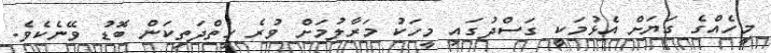
މީހެއްގެ ގަޔަށް އެޅުމަކީ ގަސްދުގައި މީހަކު މަރާލުމަށް ވުރެ ހިތްދަތިކަން ބޮޑު ވޭނެކެވެ.